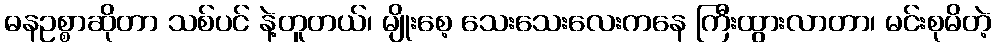
ဓနဥစ္စာဆိုတာ သစ်ပင် နဲ့တူတယ်၊ မျိုးစေ့ သေးသေးလေးကနေ ကြီးထွားလာတာ၊ မင်းစုမိတဲ့